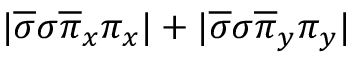
| \overline { { \sigma } } \sigma \overline { { \pi } } _ { x } \pi _ { x } | + | \overline { { \sigma } } \sigma \overline { { \pi } } _ { y } \pi _ { y } |